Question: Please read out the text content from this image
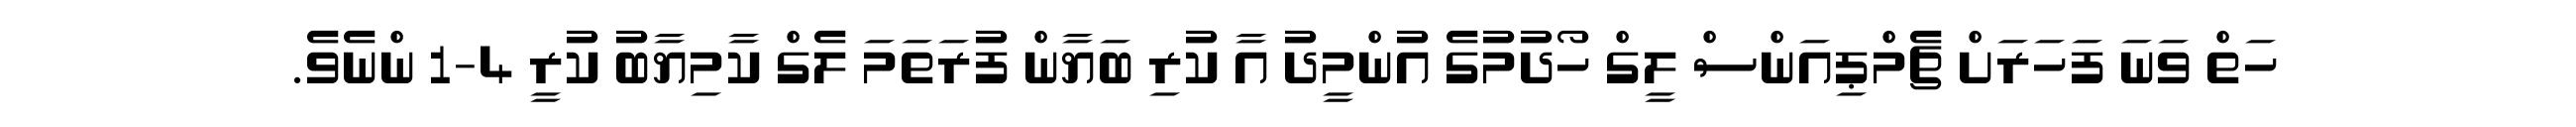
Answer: ހަތް ވަނަ ފަހަރަށް ޗެމްޕިއަންސް ލީގް ހޯދުމުގެ އުންމީދު އާ ކުރި ބަޔާން ފުރަތަމަ ލެގް ކާމިޔާބު ކުރީ 4-1 ންނެވެ.